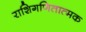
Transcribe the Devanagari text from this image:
राशिगणितात्मक